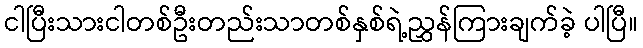
ငါပြီးသားငါတစ်ဦးတည်းသာတစ်နှစ်ရဲ့ညွှန်ကြားချက်ခဲ့ ပါပြီ။